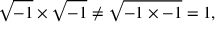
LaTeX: { \sqrt { - 1 } } \times { \sqrt { - 1 } } \neq { \sqrt { - 1 \times - 1 } } = 1 , \quad